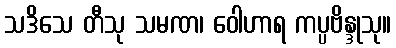
သဒိသေ တီသု သမဏ၊ ဝေါဟာရ ကပ္ပဗိန္ဒုသု။